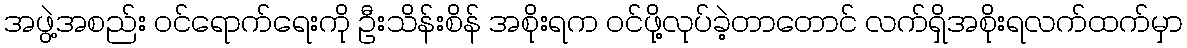
အဖွဲ့အစည်း ဝင်ရောက်ရေးကို ဦးသိန်းစိန် အစိုးရက ဝင်ဖို့လုပ်ခဲ့တာတောင် လက်ရှိအစိုးရလက်ထက်မှာ